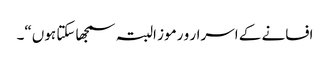
افسانے کے اسرار و رموز البتہ سمجھا سکتا ہوں“۔